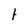
Character: t